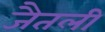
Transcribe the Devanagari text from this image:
जैतली